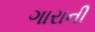
ગારાની